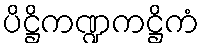
ပိဋ္ဌိကဏ္ဍကဋ္ဌိကံ